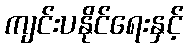
ကျင်းပနိုင်ရေးနှင့်